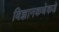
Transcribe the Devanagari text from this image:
विज्ञानकथेकडे